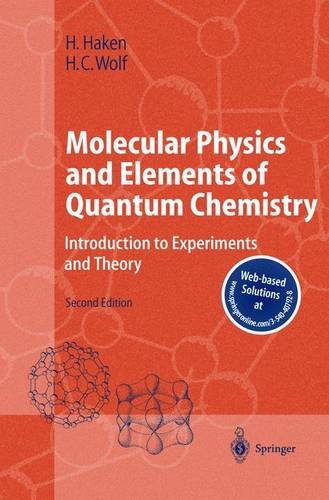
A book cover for Molecular Physics and Elements of Quantum Chemistry: Introduction to Experiments and Theory (Advanced Texts in Physics); Hermann Haken; Science & Math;